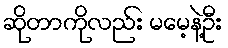
ဆိုတာကိုလည်း မမေ့နဲ့ဦး